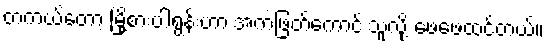
တကယ်တော့ မြို့စားပါရွန်းဟာ အကဲဖြတ်ကောင်းသူလို့ ဖေဖေထင်တယ်။